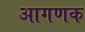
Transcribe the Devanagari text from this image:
आगणक